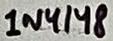
Text: 1N4148